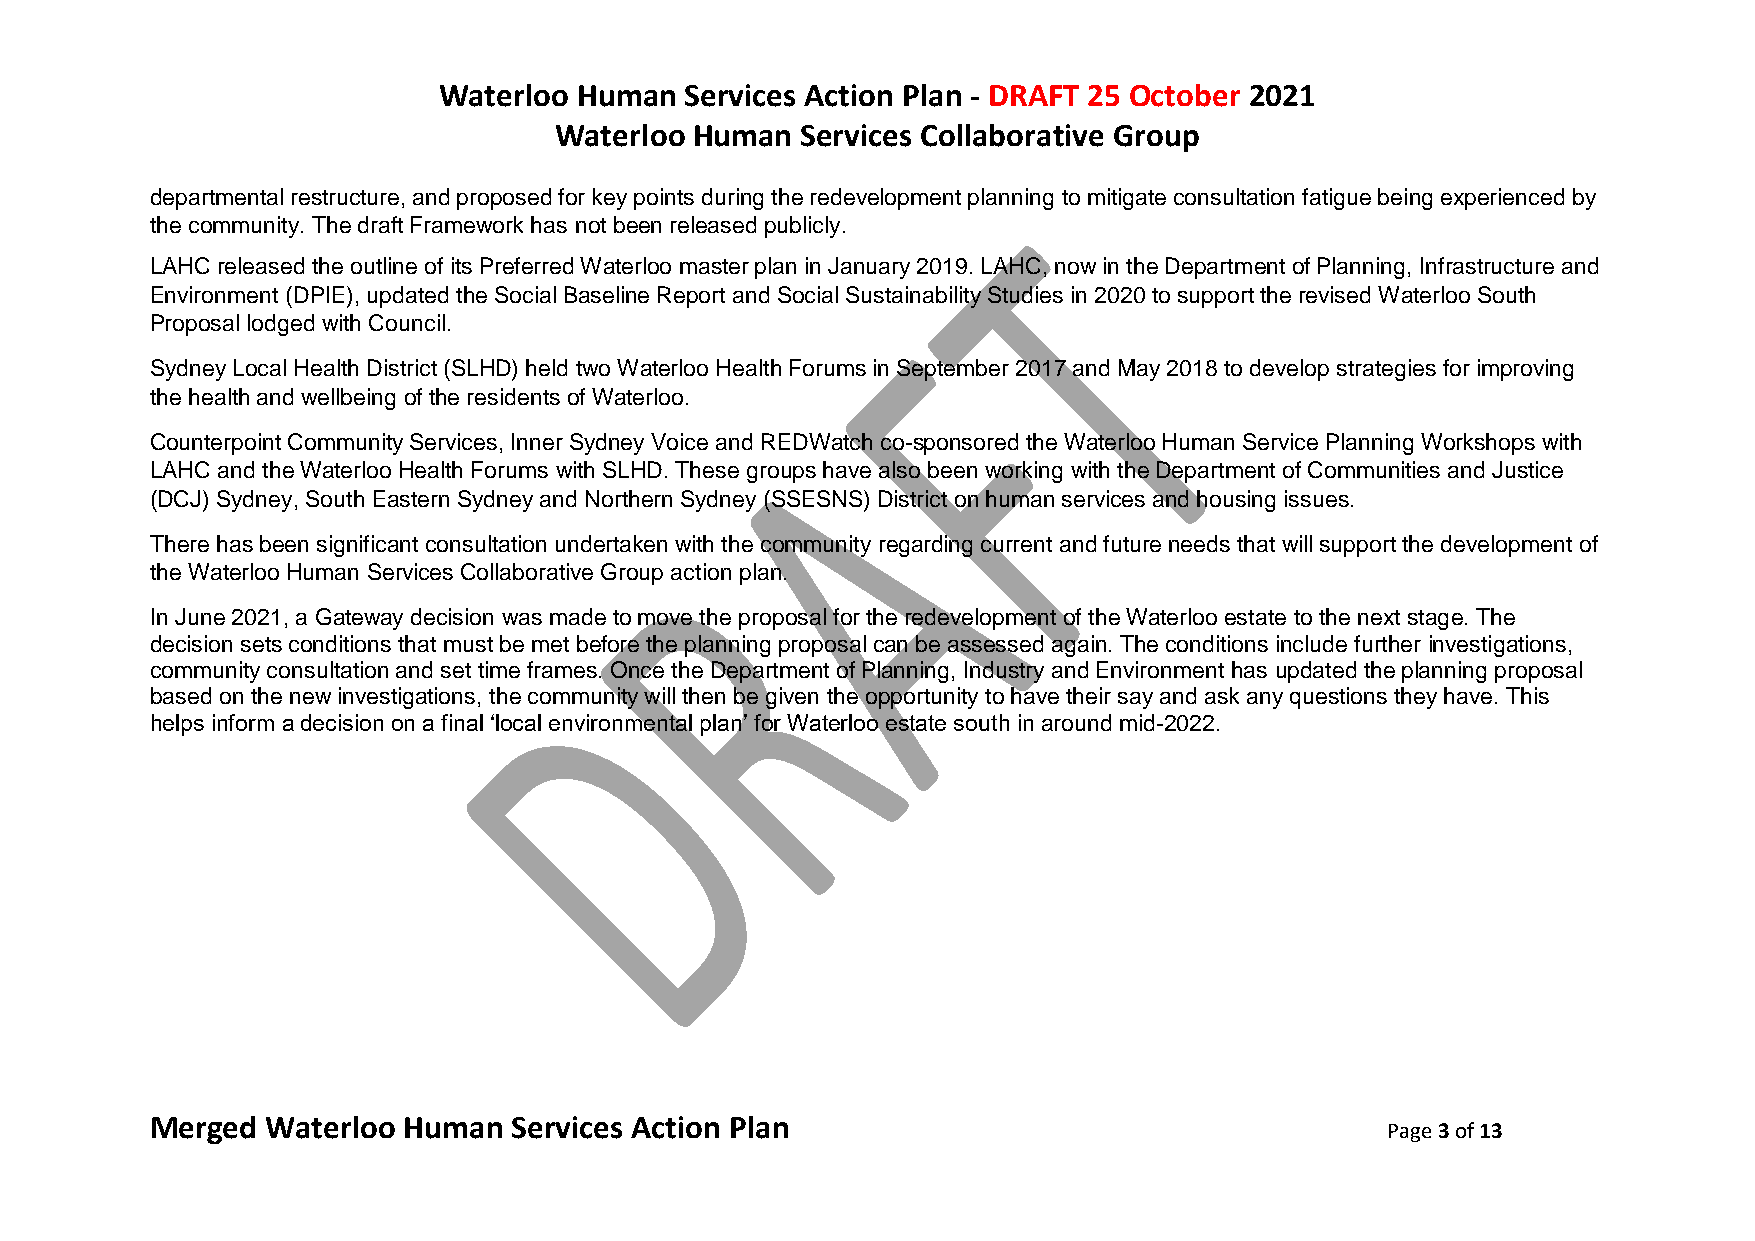
Waterloo Human  Services Action Plan - DRAFT 25 October 2021
 Waterloo Human  Services Collaborative Group
 departmental restructure, and proposed for key points during the redevelopment planning to mitigate consultation fatigue being experienced by
 the community. The draft Framework has not been released publicly.
 LAHC released the outline of its Preferred Waterloo master plan in January 2019. LAHC, now in the Department of Planning, Infrastructure and
 Environment (DPIE), updated the Social Baseline Report and Social Sustainability Studies in 2020 to support the revised Waterloo South
 Proposal lodged with Council.
 Sydney Local Health District (SLHD) held two Waterloo Health Forums in September 2017 and May 2018 to develop strategies for improving
 the health and wellbeing of the residents of Waterloo.
 Counterpoint Community Services, Inner Sydney Voice and REDWatch co-sponsored the Waterloo Human Service Planning Workshops with
 LAHC and the Waterloo Health Forums with SLHD. These groups have also been working with the Department of Communities and Justice
 (DCJ) Sydney, South Eastern Sydney and Northern Sydney (SSESNS) District on human services and housing issues.
 There has been significant consultation undertaken with the community regarding current and future needs that will support the development of
 the Waterloo Human Services Collaborative Group action plan.
 In June 2021, a Gateway decision was made to move the proposal for the redevelopment of the Waterloo estate to the next stage. The
 decision sets conditions that must be met before the planning proposal can be assessed again. The conditions include further investigations,
 community consultation and set time frames. Once the Department of Planning, Industry and Environment has updated the planning proposal
 based on the new investigations, the community will then be given the opportunity to have their say and ask any questions they have. This
 helps inform a decision on a final ‘local environmental plan’ for Waterloo estate south in around mid-2022.
 Merged  Waterloo Human  Services Action Plan
 Page 3 of 13